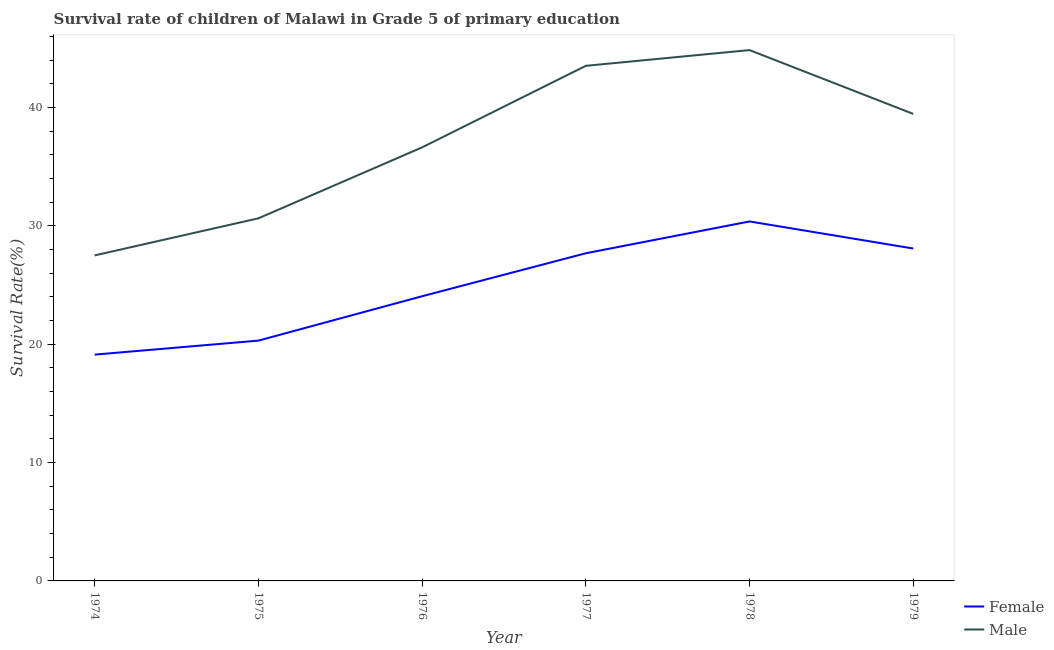
| Year | Female | Male |
 | --- | --- | --- |
 | 1974 | 19.1 | 27.5 |
 | 1975 | 20.3 | 30.6 |
 | 1976 | 24.1 | 36.6 |
 | 1977 | 27.7 | 43.5 |
 | 1978 | 30.4 | 44.9 |
 | 1979 | 28.1 | 39.5 |